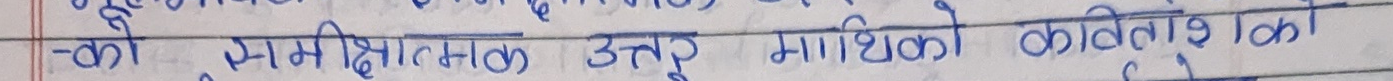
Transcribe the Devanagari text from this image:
-को समीक्षात्मक उत्तर माथिको कविताको